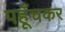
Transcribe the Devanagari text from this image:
पहूँचकर